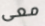
معى